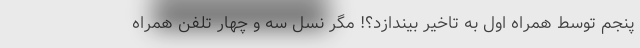
پنجم توسط همراه اول به تاخیر بیندازد؟! مگر نسل سه و چهار تلفن همراه